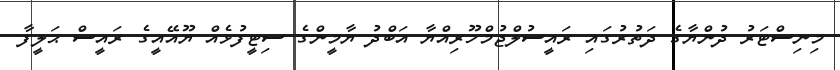
މިނިސްޓަރު ދުންޔާގެ ދަތުރުގައި ރައީސުލްޖުމްހޫރިއްޔާ އަބްދު ޔާމީންގެ ސިޓީފުޅެއް ޔޫއޭއީގެ ރައީސް ޙަލީފާ